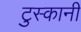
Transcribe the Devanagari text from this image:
टुस्कानी